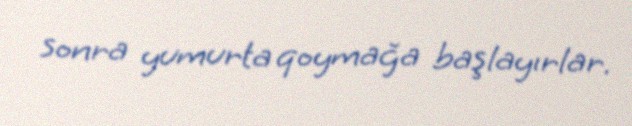
sonra yumurta qoymağa başlayırlar.